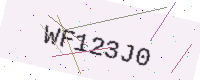
Text: WF123J0